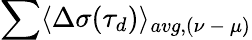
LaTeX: \sum\langle\Delta\sigma(\tau_{d})\rangle_{avg,(\nu\mathrm{~-~}\mu)}